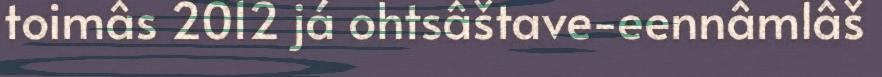
toimâs 2012 já ohtsâštave-eennâmlâš